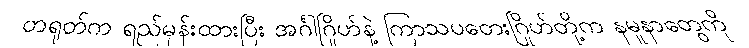
တရုတ်က ရည်မှန်းထားပြီး အင်္ဂါဂြိုဟ်နဲ့ ကြာသပတေးဂြိုဟ်တို့က နမူနာတွေကို